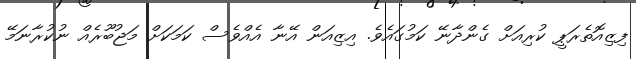
ފިޒިއޮތެރަޕީ ކުރިއަށް ގެންދާނޭ ކަމުގައެވެ. އިޒިއަން އޭނާ އެއްވެސް ކަމަކަށް މަޖުބޫރެއް ނުކުރާނަމޭ